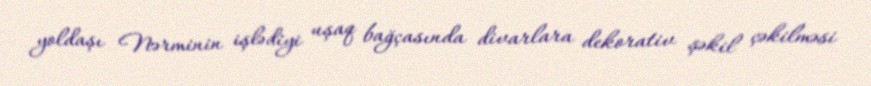
yoldaşı Nərminin işlədiyi uşaq bağçasında divarlara dekorativ şəkil çəkilməsi